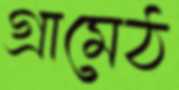
গ্রামেঠ